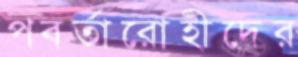
পবর্তারোহীদের